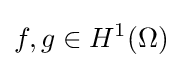
f,g\in H^{1}(\Omega )